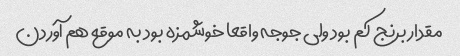
مقدار برنج کم بود ولی جوجه واقعا خوشمزه بود به موقع هم آوردن